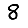
Digit: 8